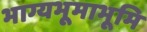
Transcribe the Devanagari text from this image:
भाग्यभूमाभूमि